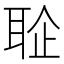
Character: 𦕫